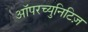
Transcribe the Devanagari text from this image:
ऑपरच्युनिटिज़